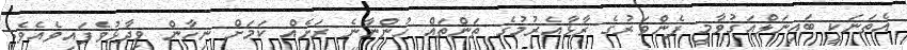
އެތަނަކީ ބައިނަލްއަގުވާމީ ފެންވަރުގެ ރާޅާއެރުމުގެ ތަންތައް ހުންނާނެ ރަށެއް ކަމަށް ނިހާން ވިދާޅުވެފައިވެއެވެ.